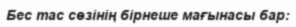
Бес тас сөзінің бірнеше мағынасы бар: